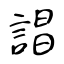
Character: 誯